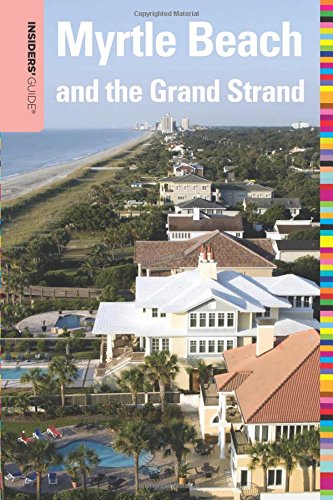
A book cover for Insiders' GuideÂ® to Myrtle Beach and the Grand Strand (Insiders' Guide Series); Janice Mcdonald; Travel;